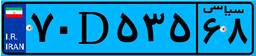
۱۹D۱۸۹۰۴